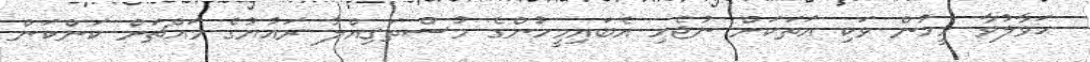
ޙަވާލުވާ މީހުން ވަކި އަތަކަށް ނުޖެހި އެބައިމީހުންގެ މުސްތަޤިއްލު ރައުޔުގެ މައްޗަށް ކަންކަން